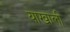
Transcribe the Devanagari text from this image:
याखाली